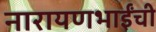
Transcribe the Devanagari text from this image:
नारायणभाईंची